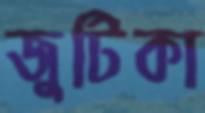
জুটিকা